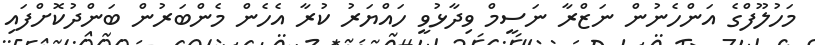
މަހުލޫފްގެ އަންހެނުން ނަޒްރާ ނަސީމް ވިދާޅުވީ ހައްޔަރު ކުރާ އެހެން މެންބަރުން ބަންދުކޮށްފައި